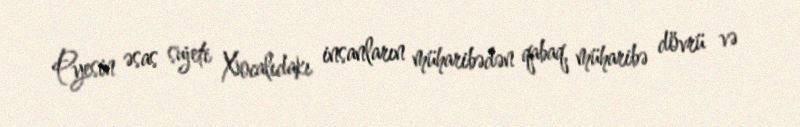
Pyesin əsas sujeti Xocalıdakı insanların müharibədən qabaq, müharibə dövrü və